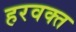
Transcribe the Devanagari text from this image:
हरवक्त